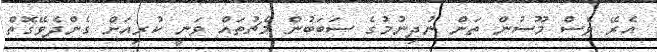
އެރޭ ވެސް މޫސުން ތަން ނުދިނުމުގެ ސަބަބުން މެޗުތައް ވަނީ ކުރިއަށް ގެންދެވޭގޮތް